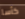
كأسا